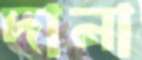
দানা